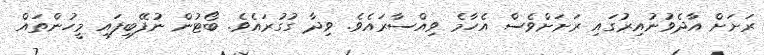
ރަށަށް އާދެވުނުއިރުގައި ރަށަށްވެސް އެހާމެ ވިއްސާރައެވެ. ވިދާ ގުގުރައެވެ. ބޯޓުން ނުފޭބިފައި މީހުންތައް